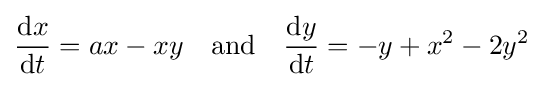
{\frac {\mathrm {d} x}{\mathrm {d} t}}=ax-xy\quad {\text{and}}\quad {\frac {\mathrm {d} y}{\mathrm {d} t}}=-y+x^{2}-2y^{2}